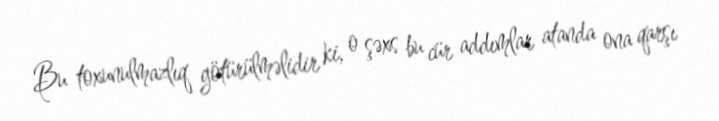
Bu toxunulmazlıq götürülməlidir ki, o şəxs bu cür addımlar atanda ona qarşı